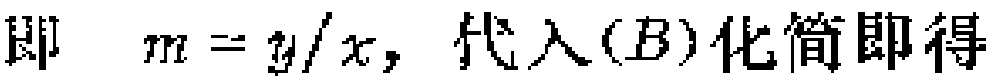
即 \(m = y/x,\) 代入\((B)\)化简即得